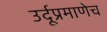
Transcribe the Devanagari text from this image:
उर्दूप्रमाणेच